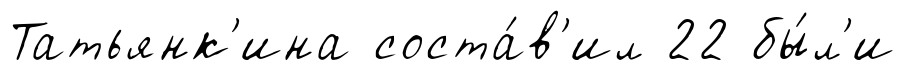
Татьянк'ина соста́в'ил 22 бы́л'и